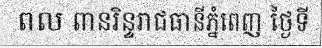
ពល ពានរិន្ទរាជធានីភ្នំពេញ ថ្ងៃទី